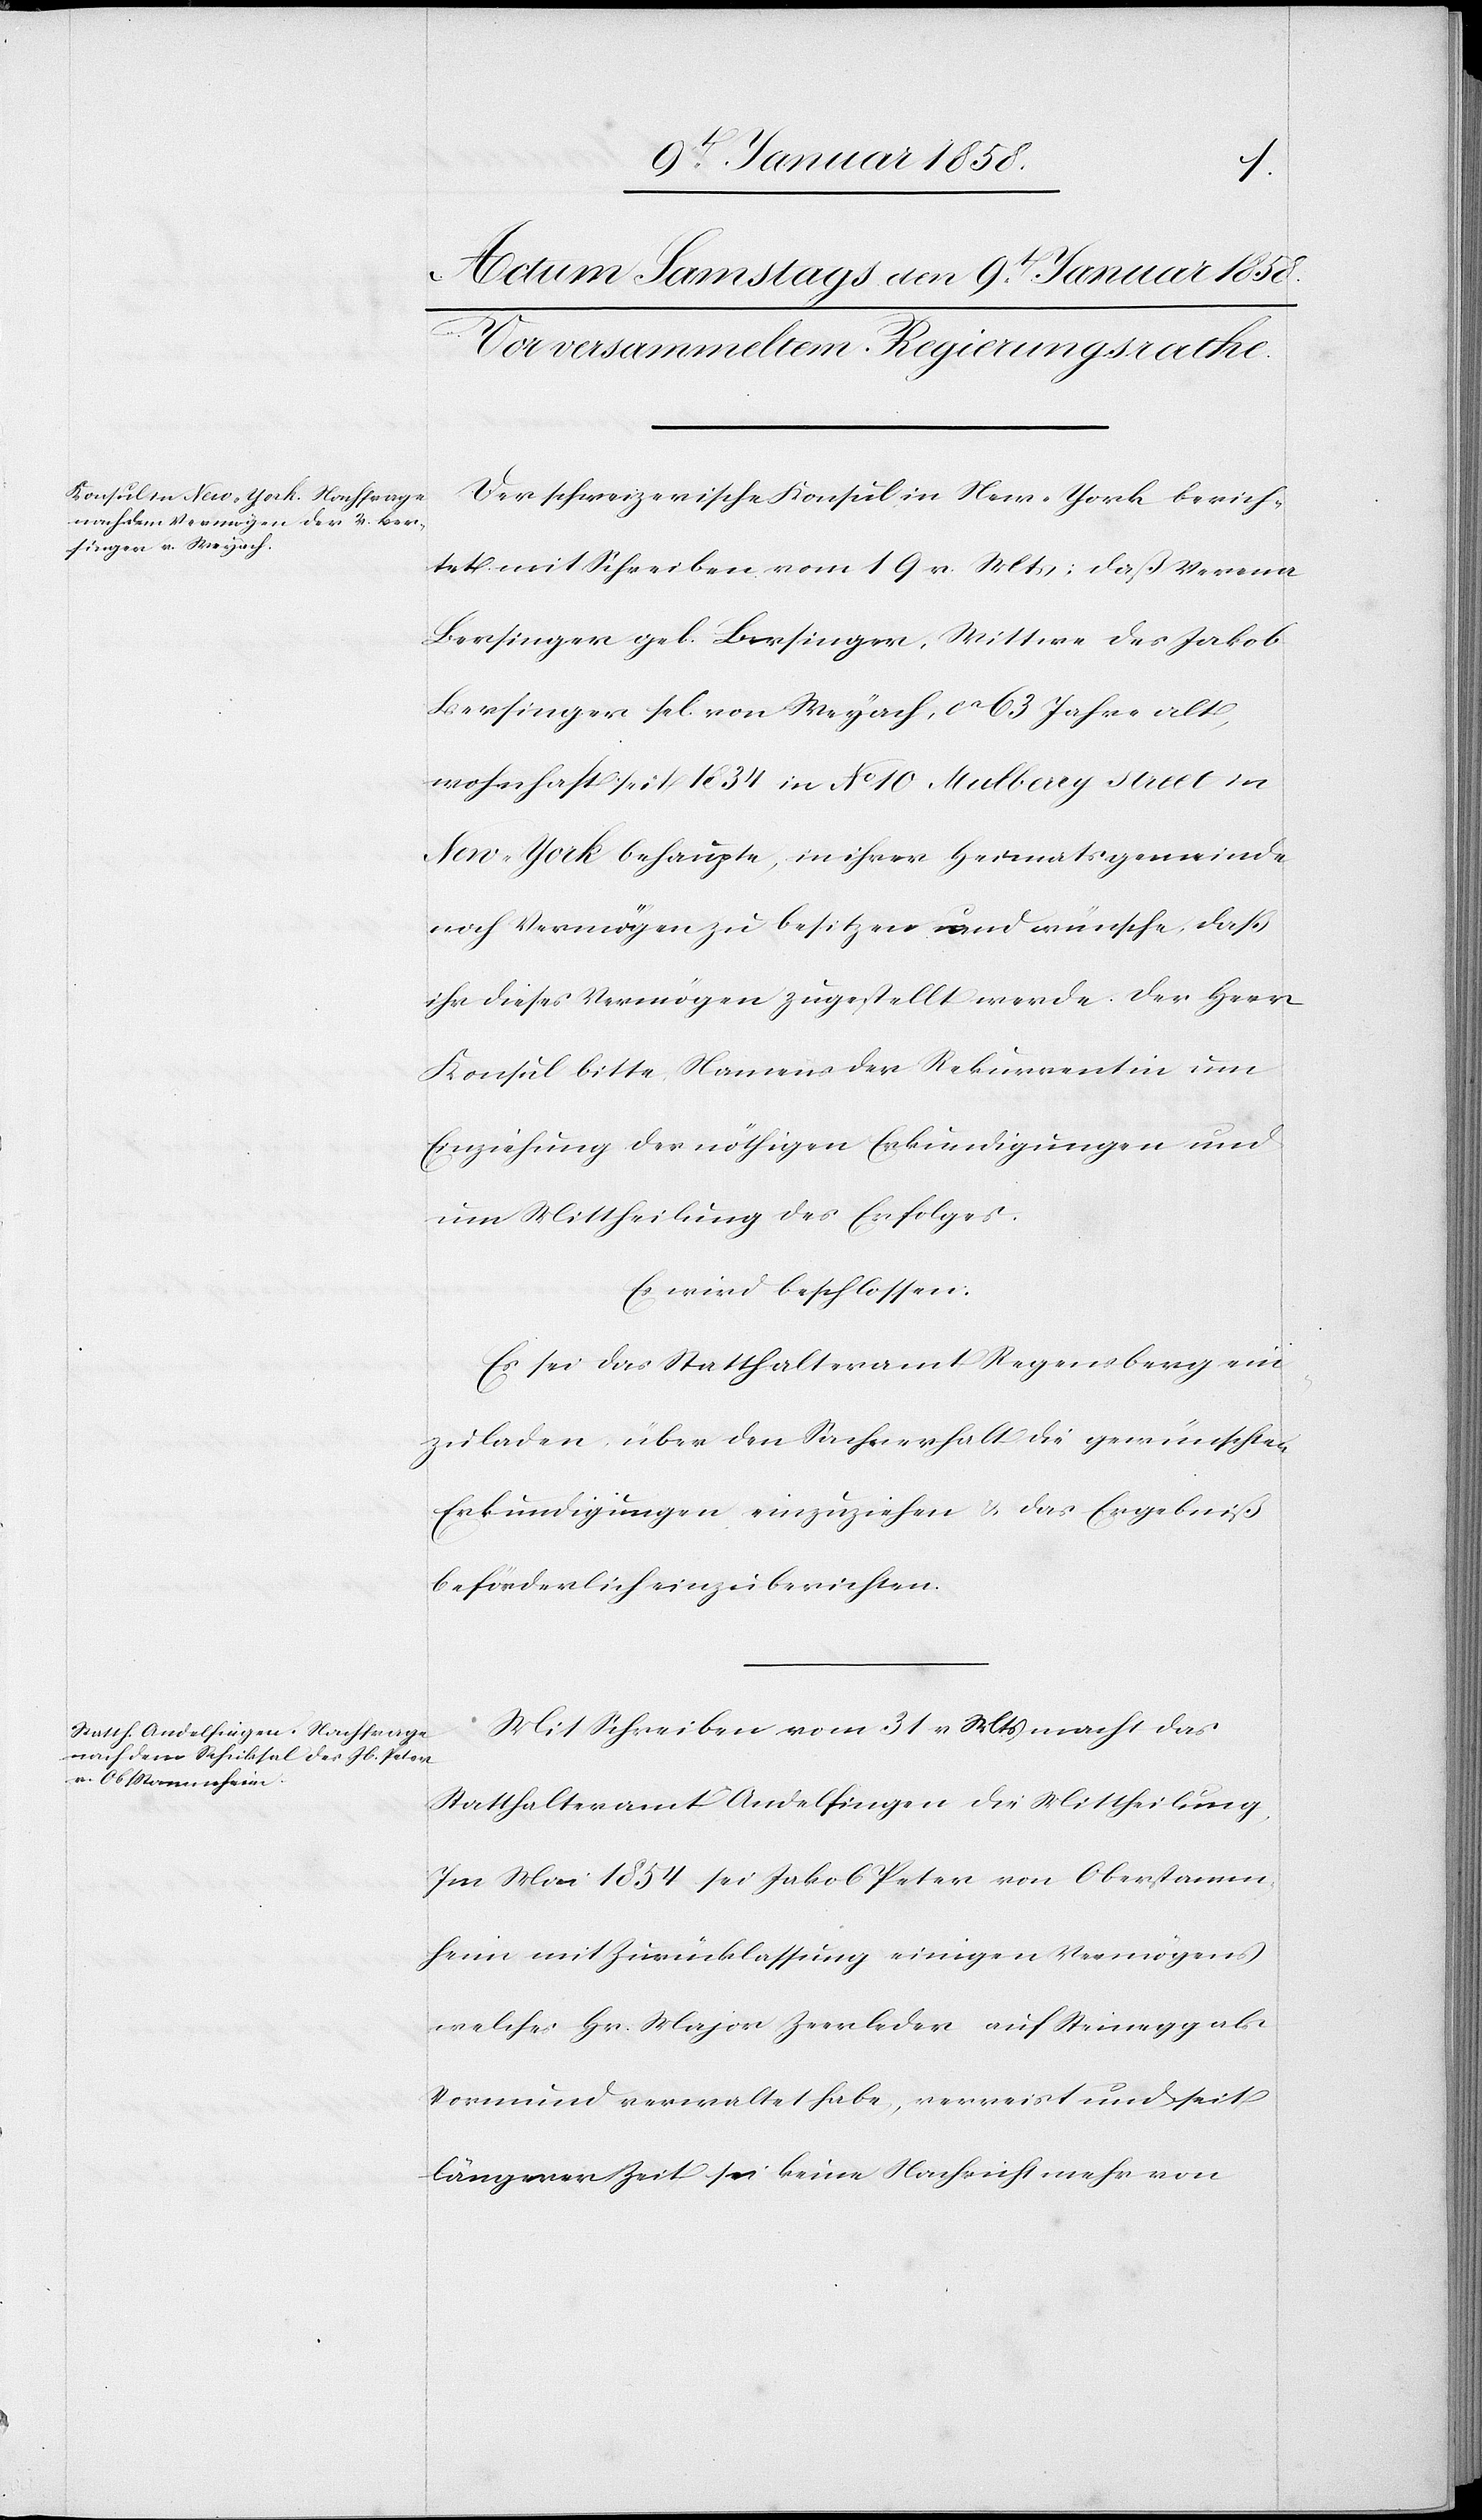
Der schweizerische Konsul in New-York berich¬
tet mit Schreiben vom 19 v. Mts: daß Verena
Bersinger geb. Bersinger, Wittwe des Jakob
Bersinger sel. von Weyach, ca. 63 Jahre alt,
wohnhaft seit 1834 in No 10. Mulberry street in
New-York behaupte, in ihrer Heimatgemeinde
noch Vermögen zu besitzen und wünsche, daß
ihr dieses Vermögen zugestellt werde. Der Herr
Konsul bitte Namens der Rekurrentin um
Einziehung der nöthigen Erkundigungen und
um Mittheilung des Erfolges.
Es wird beschlossen:
Es sei das Statthalteramt Regensberg ein¬
zuladen, über den Sachverhalt die gewünschten
Erkundigungen einzuziehen u. das Ergebniß
beförderlich einzuberichten.
Mit Schreiben vom 31 v Mts macht das
Statthalteramt Andelfingen die Mittheilung,
Im Mai 1854 sei Jakob Peter von Oberstamm¬
heim mit Zurücklassung einigen Vermögens
welches Hr. Major Zeerleder auf Steinegg als
Vormund verwaltet habe, verreist und seit
längerer Zeit sei keine Nachricht mehr von